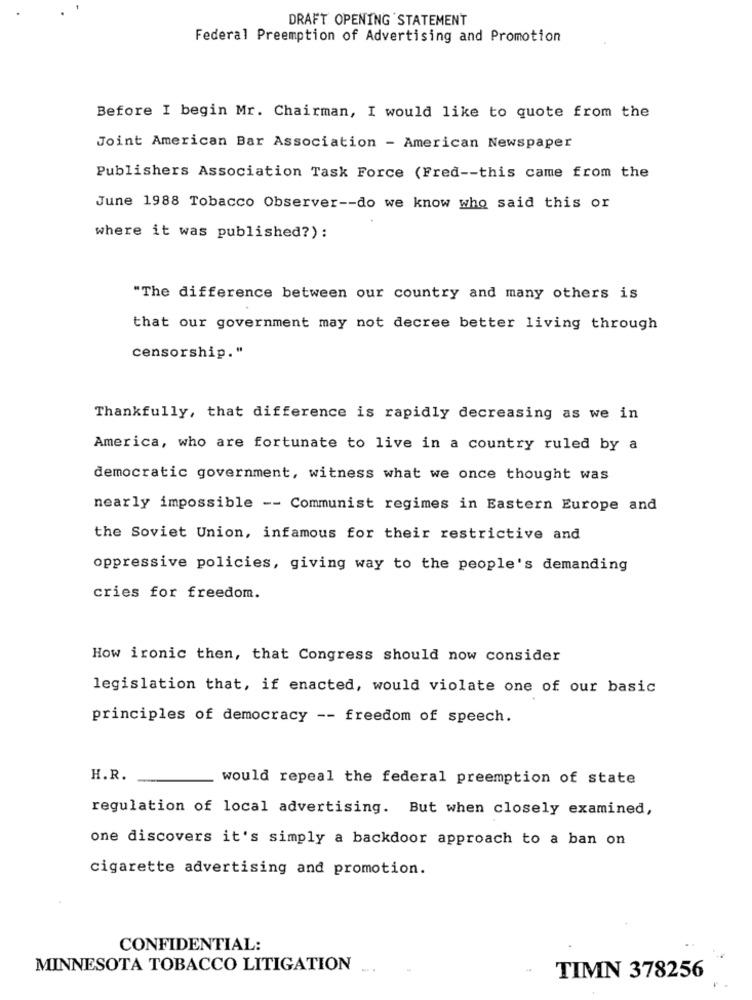
DRAFT OPENING STATEMENT
Federal Preemption of Advertising and Promotion
Before I begin Mr. Chairman, I would like to quote from the
Joint American Bar Association - American Newspaper
Publishers Association Task Force (Fred -- this came from the
June 1988 Tobacco Observer -- do we know who said this or
where it was published?) :
"The difference between our country and many others is
that our government may not decree better living through
censorship."
Thankfully, that difference is rapidly decreasing as we in
America, who are fortunate to live in a country ruled by a
democratic government, witness what we once thought was
nearly impossible -- Communist regimes in Eastern Europe and
the Soviet Union, infamous for their restrictive and
oppressive policies, giving way to the people's demanding
cries for freedom.
How ironic then, that Congress should now consider
legislation that, if enacted, would violate one of our basic
principles of democracy -- freedom of speech.
H.R.
would repeal the federal preemption of state
regulation of local advertising. But when closely examined,
one discovers it's simply a backdoor approach to a ban on
cigarette advertising and promotion.
CONFIDENTIAL:
MINNESOTA TOBACCO LITIGATION
TIMN 378256